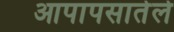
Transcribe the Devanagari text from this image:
आपापसातेले